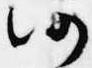
仍